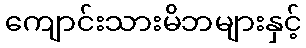
ကျောင်းသားမိဘများနှင့်